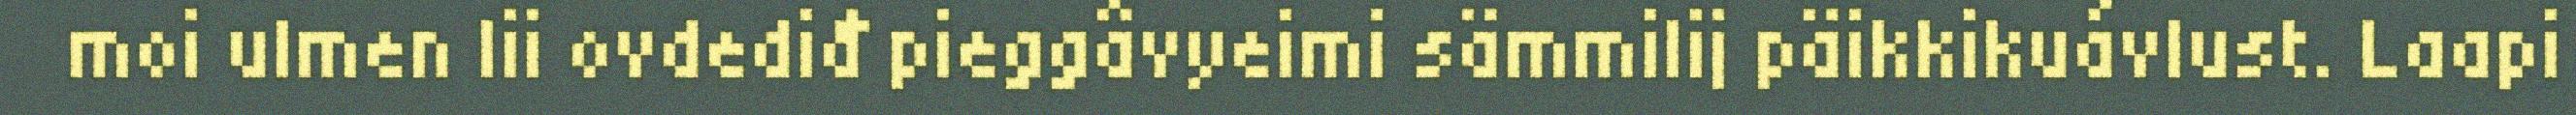
moi ulmen lii ovdediđ pieggâvyeimi sämmilij päikkikuávlust. Laapi